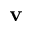
\mathbf { v }